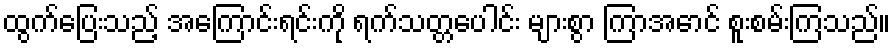
ထွက်ပြေးသည့် အကြောင်းရင်းကို ရက်သတ္တပေါင်း များစွာ ကြာအောင် စူးစမ်းကြသည်။